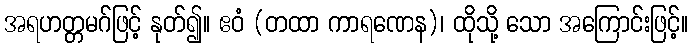
အရဟတ္တမဂ်ဖြင့် နုတ်၍။ ဧဝံ (တထာ ကာရဏေန)၊ ထိုသို့ သော အကြောင်းဖြင့်။